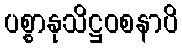
ပစ္စာနုသိဋ္ဌဝစနာပိ